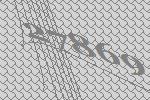
27869